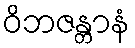
ဝိဘဇန္တာနံ